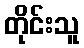
တိုင်းသူ